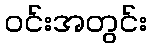
ဝင်းအတွင်း